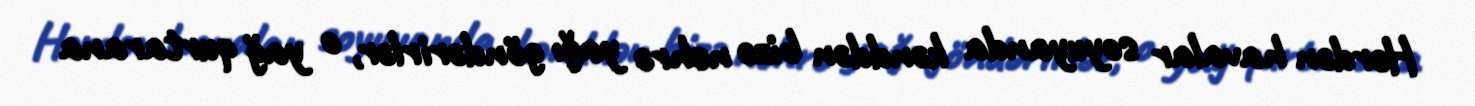
Hərdən havalar soyuyanda kənddən bizə nehrə yağı göndərirlər, o yağ qurtarana